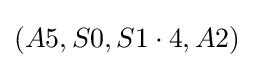
(A5,S0,S1\cdot 4,A2)